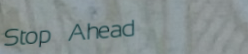
Stop Ahead